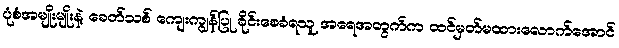
ပုံစံအမျိုးမျိုးနဲ့ ခေတ်သစ် ကျေးကျွန်ပြု ခိုင်းစေခံရသူ အရေအတွက်က ထင်မှတ်မထားလောက်အောင်